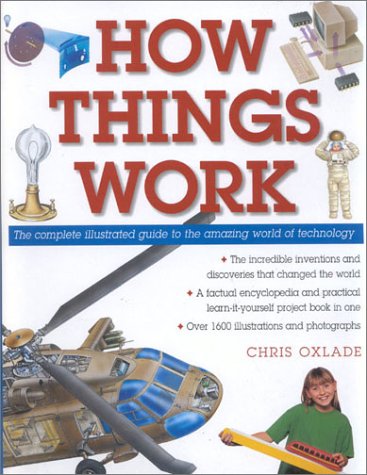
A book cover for How Things Work; Chris Oxlade; Children's Books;